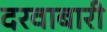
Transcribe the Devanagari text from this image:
दरवाबारी